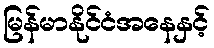
မြန်မာနိုင်ငံအနေနှင့်